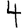
Digit: 4